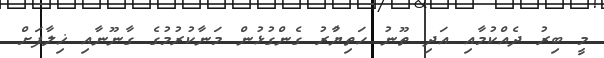
މީ ބިރު ދެއްކުމާއި އަދި ތޫނު ހަތިޔާުރު ގެންގުޅުން މަނާކުރުމުގެ ގާނޫނާއި ޚިލާފަށް